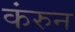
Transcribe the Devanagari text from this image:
कंरुन